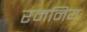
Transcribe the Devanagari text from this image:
रमनिय